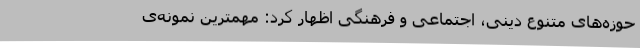
حوزه‌های متنوع دینی، اجتماعی و فرهنگی اظهار کرد: مهمترین نمونه‌ی